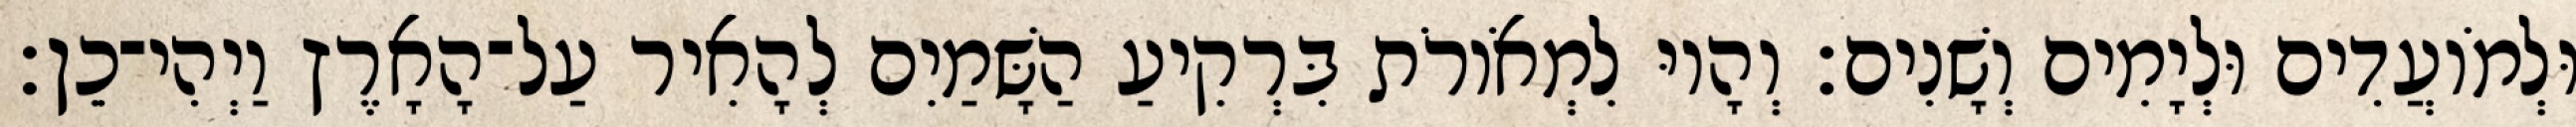
וּלְמֹועֲדִים וּלְיָמִים וְשָׁנִים׃ וְהָיוּ לִמְאֹורֹת בִּרְקִיעַ הַשָּׁמַיִם לְהָאִיר עַל־הָאָרֶץ וַיְהִי־כֵן׃